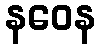
နဝေန